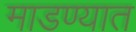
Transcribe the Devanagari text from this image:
माडण्यात